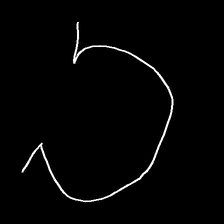
Glyph: weave